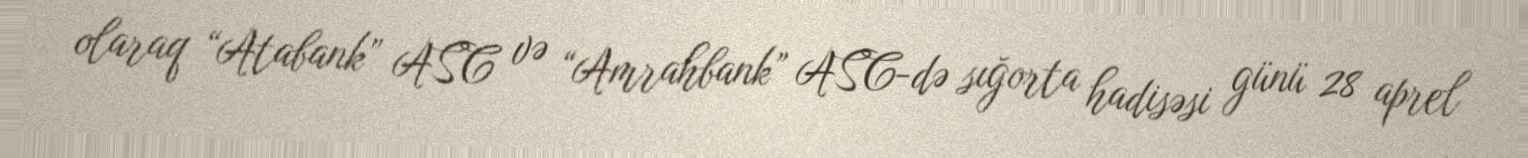
olaraq “Atabank” ASC və “Amrahbank” ASC-də sığorta hadisəsi günü 28 aprel